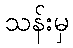
သန်းမှ